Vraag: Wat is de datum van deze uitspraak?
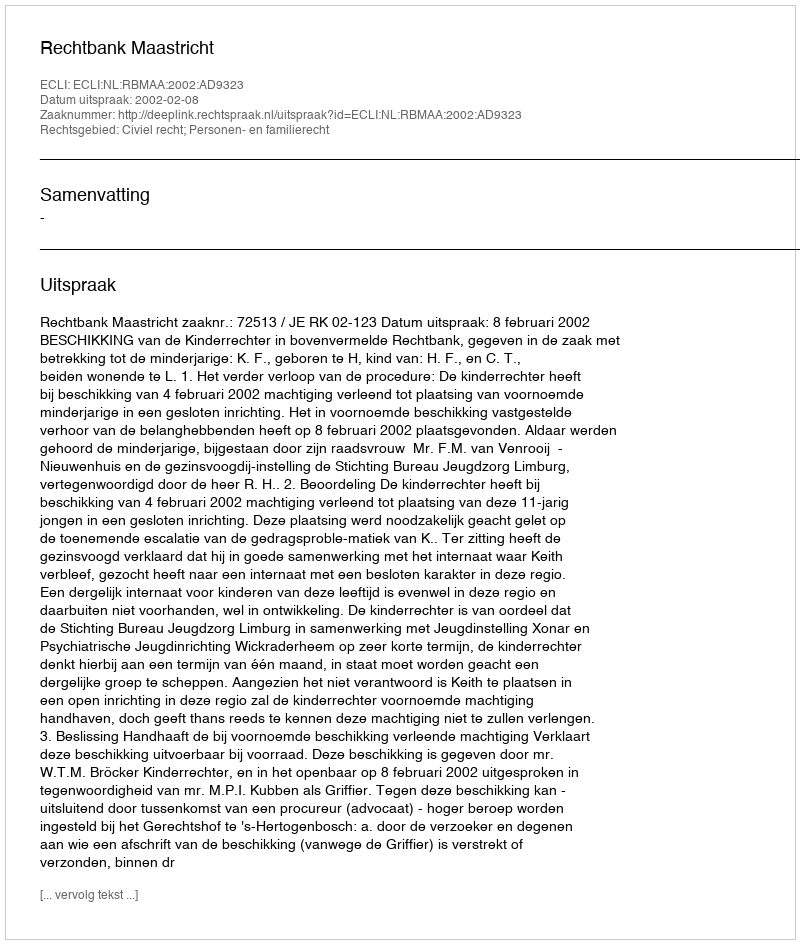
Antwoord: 2002-02-08